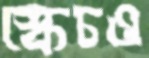
স্কেচও